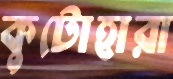
কুটোহারা